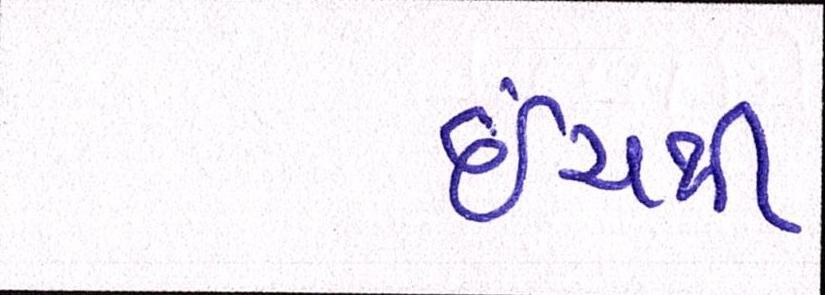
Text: ઇંચથી